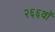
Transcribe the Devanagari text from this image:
२६६वॉ